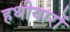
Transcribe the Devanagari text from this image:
हथीयारों